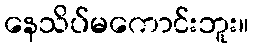
နေသိပ်မကောင်းဘူး။